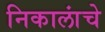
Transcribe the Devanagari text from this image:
निकालांचे